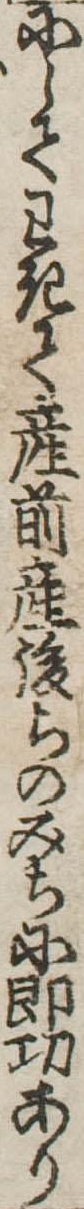
にしてわきて産前産後ちのみちに即功あり